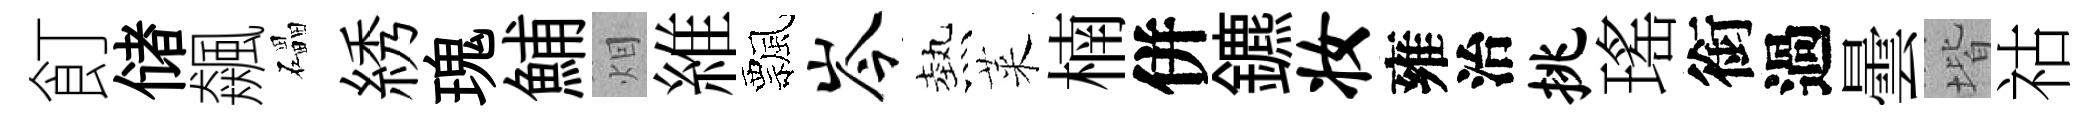
飣储飆礧綉瑰鯆𤇆維飄岑熱萊楠併鑣妆雍治挑瑤銜過曇堦祜